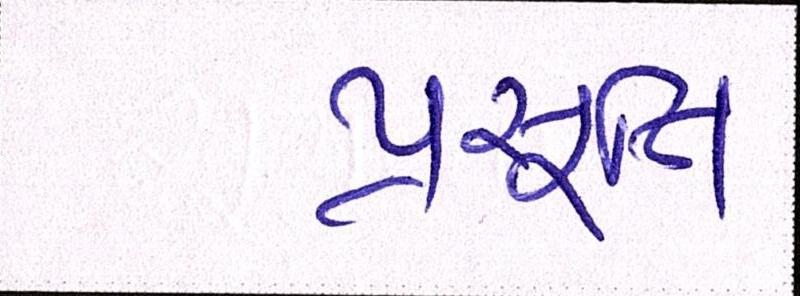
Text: પ્રસૂતિ